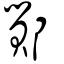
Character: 鄮